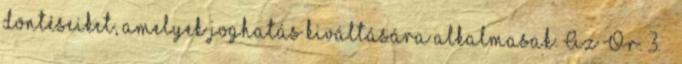
döntéseiket, amelyek joghatás kiváltására alkalmasak. Az Ör. 3. §